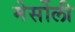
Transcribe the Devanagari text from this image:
मेर्सोली